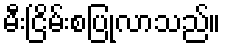
မီးငြိမ်းစပြုလာသည်။